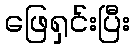
ဖြေရှင်းပြီး